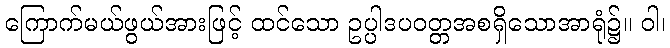
ကြောက်မယ်ဖွယ်အားဖြင့် ထင်သော ဥပ္ပါဒပဝတ္တအစရှိသောအာရုံ၌။ ဝါ၊